Report of veterinary surgeon J.H. Steel, A.V.D., on his investigation into an obscure and fatal disease among transport mules in British Burma
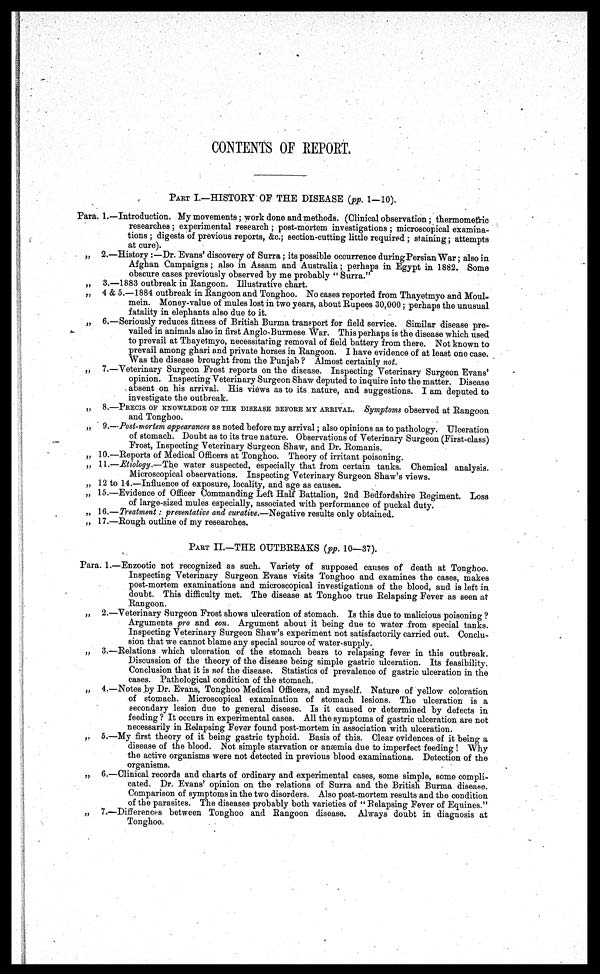
CONTENTS OF REPORT.
PART I.-HISTORY OF THE DISEASE (pp. 1-10).
Para. 1.—Introduction. My movements; work done and methods. (Clinical observation; thermometric
researches; experimental research ; post-mortem investigations ; microscopical examina-
tions ; digests of previous reports, &c; section-cutting little required ; staining; attempts
at cure).
„ 2.—History :—Dr. Evans' discovery of Surra; its possible occurrence during Persian War; also in
Afghan Campaigns ; also in Assam and Australia ; perhaps in Egypt in 1882. Some
obscure cases previously observed by me probably " Surra."
„ 3.—1883 outbreak in Rangoon. Illustrative chart.
„ 4 & 5.—1884 outbreak in Rangoon and Tonghoo. No cases reported from Thayetmyo and Moul-
mein. Money-value of mules lost in two years, about Rupees 30,000 ; perhaps the unusual
fatality in elephants also due to it.
„ 6.—Seriously reduces fitness of British Burma transport for field service. Similar disease pre-
vailed in animals also in first Anglo-Burmese War. This perhaps is the disease which used
to prevail at Thayetmyo, necessitating removal of field battery from there. Not known to
prevail among ghari and private horses in Rangoon. I have evidence of at least one case.
Was the disease brought from the Punjab ? Almost certainly not.
„ 7.—Veterinary Surgeon Frost reports on the disease. Inspecting Veterinary Surgeon Evans'
opinion. Inspecting Veterinary Surgeon Shaw deputed to inquire into the matter. Disease
absent on his arrival. His views as to its nature, and suggestions. I am deputed to
investigate the outbreak.
„ 8.—PRECIS OF KNOWLEDGE OF THE DISES BEFORE MY ARRIVAL. Symptoms observed at Rangoon
and Tonghoo.
„ 9.—Post-mortem appearances as noted before my arrival ; also opinions as to pathology. Ulceration
of stomach. Doubt as to its true nature. Observations of Veterinary Surgeon (First-class)
Frost, Inspecting Veterinary Surgeon Shaw, and Dr. Romanis.
„ 10.—Reports of Medical Officers at Tonghoo. Theory of irritant poisoning.
„ 11.—Etiology.—The water suspected, especially that from certain tanks. Chemical analysis.
Microscopical observations. Inspecting Veterinary Surgeon Shaw's views.
„ 12 to 14.—Influence of exposure, locality, and age as causes.
„ 15.—Evidence of Officer Commanding Left Half Battalion, 2nd Bedfordshire Regiment. Loss
of large-sized mules especially, associated with performance of puckal duty.
„ 16.—Treatment: preventative and curative.—Negative results only obtained.
„ 17.—Rough outline of my researches.
PART II.—THE OUTBREAKS (pp. 10—37).
Para. 1.—Enzootic not recognized as such. Variety of supposed causes of death at Tonghoo.
Inspecting Veterinary Surgeon Evans visits Tonghoo and examines the cases, makes
post-mortem examinations and microscopical investigations of the blood, and is left in
doubt. This difficulty met. The disease at Tonghoo true Relapsing Fever as seen at
Rangoon.
„ 2.—Veterinary Surgeon Frost shows ulceration of stomach. Is this due to malicious poisoning ?
Arguments pro and con. Argument about it being due to water from special tanks.
Inspecting Veterinary Surgeon Shaw's experiment not satisfactorily carried out. Conclu-
sion that we cannot blame any special source of water-supply.
„ 3.—Relations which ulceration of the stomach bears to relapsing fever in this outbreak.
Discussion of the theory of the disease being simple gastric ulceration. Its feasibility.
Conclusion that it is not the disease. Statistics of prevalence of gastric ulceration in the
cases. Pathological condition of the stomach.
„ 4.—Notes by Dr. Evans, Tonghoo Medical Officers, and myself. Nature of yellow coloration
of stomach. Microscopical examination of stomach lesions. The ulceration is a
secondary lesion due to general disease. Is it caused or determined by defects in
feeding ? It occurs in experimental cases. All the symptoms of gastric ulceration are not
necessarily in Relapsing Fever found post-mortem in association with ulceration.
„ 5.—My first theory of it being gastric typhoid. Basis of this. Clear ovidences of it being a
disease of the blood. Not simple starvation or anæmia due to imperfect feeding ! Why
the active organisms were not detected in previous blood examinations. Detection of the
organisms.
„ 6.—Clinical records and charts of ordinary and experimental cases, some simple, some compli
cated. Dr. Evans' opinion on the relations of Surra and the British Burma disease.
Comparison of symptoms in the two disorders. Also post-mortem results and the condition
of the parasites. The diseases probably both varieties of " Relapsing Fever of Equines."
„ 7.—Differences between Tonghoo and Rangoon disease. Always doubt in diagnosis at
Tonghoo.